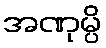
အဏုမ္ပိ